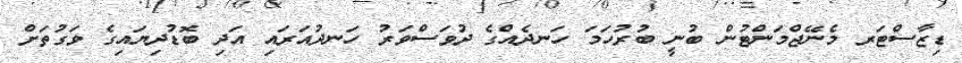
ޑިޒާސްޓަރ މެނޭޖްމަންޓުން ބުނީ ބުރުހަމަ ހަނދެއްގެ ދުވަސްވަރު ހަނދުއަރައި އަދި ބޮޑުދިޔައިގެ ވަގުތަށް